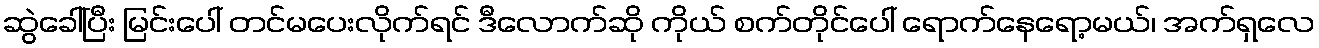
ဆွဲခေါ်ပြီး မြင်းပေါ် တင်မပေးလိုက်ရင် ဒီလောက်ဆို ကိုယ် စက်တိုင်ပေါ် ရောက်နေရော့မယ်၊ အက်ရှလေ